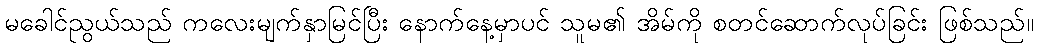
မခေါင်ညွယ်သည် ကလေးမျက်နှာမြင်ပြီး နောက်နေ့မှာပင် သူမ၏ အိမ်ကို စတင်ဆောက်လုပ်ခြင်း ဖြစ်သည်။